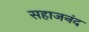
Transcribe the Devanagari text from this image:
सहाजनंद